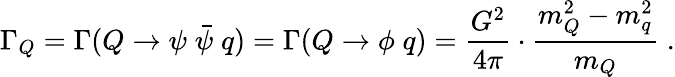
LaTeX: \Gamma_{Q}=\Gamma(Q\to\psi\; {\bar{\psi}}\; q)=\Gamma(Q\to\phi\; q)=\frac{G^{2}}{4\pi}\cdot\frac{m_{Q}^{2}-m_{q}^{2}}{m_{Q}}\; .